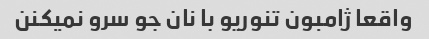
واقعا ژامبون تنوریو با نان جو سرو نمیکنن